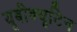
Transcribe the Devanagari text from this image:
यूबीक्यूटिन